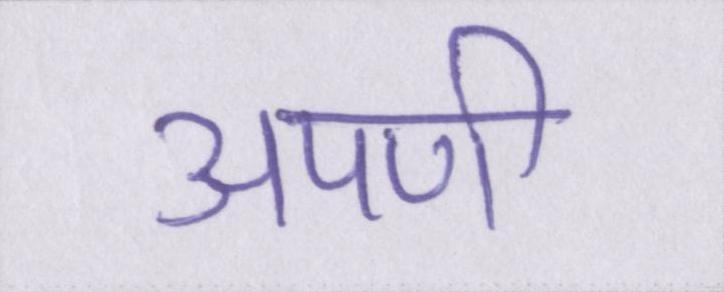
अपणी